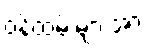
ဝန်ထမ်းများအား